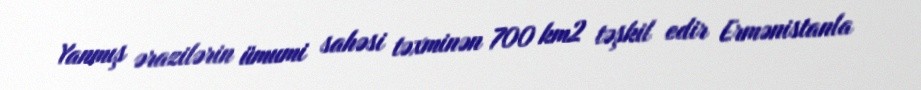
Yanmış ərazilərin ümumi sahəsi təxminən 700 km2 təşkil edir Ermənistanla